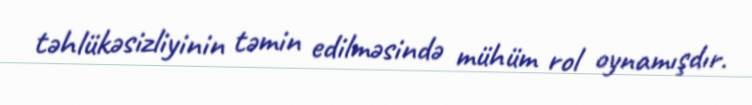
təhlükəsizliyinin təmin edilməsində mühüm rol oynamışdır.